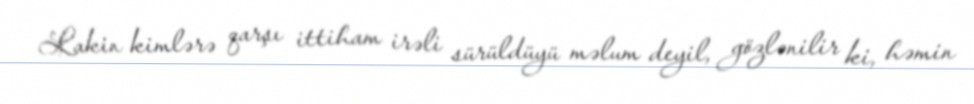
Lakin kimlərə qarşı ittiham irəli sürüldüyü məlum deyil, gözlənilir ki, həmin